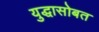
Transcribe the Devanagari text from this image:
युद्धासोबत